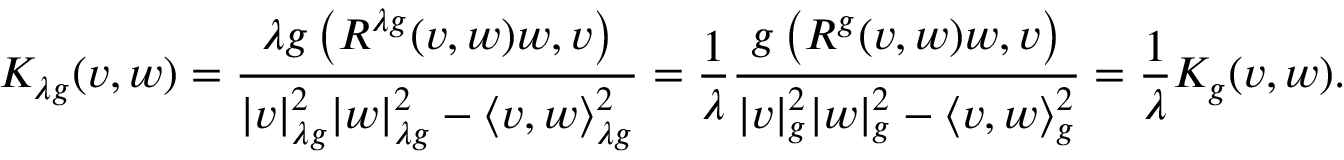
K _ { \lambda g } ( v , w ) = { \frac { \lambda g \left( R ^ { \lambda g } ( v , w ) w , v \right) } { | v | _ { \lambda g } ^ { 2 } | w | _ { \lambda g } ^ { 2 } - \langle v , w \rangle { \vphantom { | } } _ { \lambda g } ^ { 2 } } } = { \frac { 1 } { \lambda } } { \frac { g \left( R ^ { g } ( v , w ) w , v \right) } { | v | _ { g } ^ { 2 } | w | _ { g } ^ { 2 } - \langle v , w \rangle { \vphantom { | } } _ { g } ^ { 2 } } } = { \frac { 1 } { \lambda } } K _ { g } ( v , w ) .